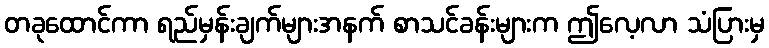
တခုထောင်ကာ ရည်မှန်းချက်များအနက် စာသင်ခန်းများက ဤလေ့လာ သံပြားမှ